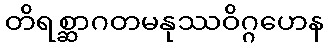
တိရစ္ဆာဂတမနုဿဝိဂ္ဂဟေန